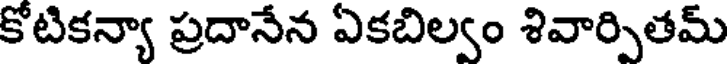
కోటికన్యా ప్రదానేన ఏకబిల్వం శివార్పితమ్